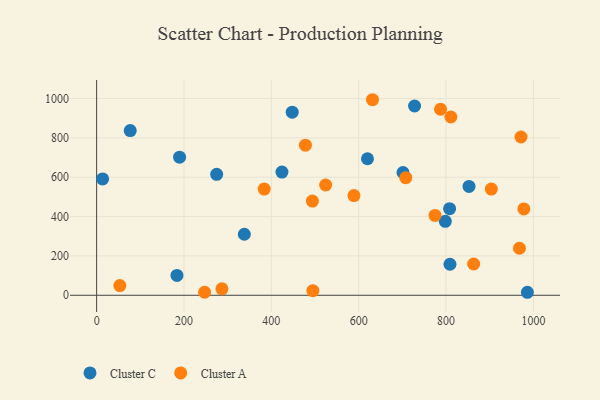
{"axis": {"x": "Ad Spend", "y": "Rating"}, "legend": ["Cluster A", "Cluster C"], "data": [{"x": "727.9", "y": 961.7, "type": "Cluster C"}, {"x": "338.1", "y": 310.1, "type": "Cluster C"}, {"x": "183.9", "y": 100.7, "type": "Cluster C"}, {"x": "447.8", "y": 930.3, "type": "Cluster C"}, {"x": "798.3", "y": 375.5, "type": "Cluster C"}, {"x": "808.1", "y": 439.8, "type": "Cluster C"}, {"x": "76.9", "y": 836.8, "type": "Cluster C"}, {"x": "701.4", "y": 623.9, "type": "Cluster C"}, {"x": "274.8", "y": 614.6, "type": "Cluster C"}, {"x": "852.6", "y": 552.9, "type": "Cluster C"}, {"x": "809.0", "y": 157.5, "type": "Cluster C"}, {"x": "986.2", "y": 15.2, "type": "Cluster C"}, {"x": "424.3", "y": 626.1, "type": "Cluster C"}, {"x": "620.1", "y": 693.7, "type": "Cluster C"}, {"x": "189.9", "y": 701.5, "type": "Cluster C"}, {"x": "13.7", "y": 591.3, "type": "Cluster C"}, {"x": "524.3", "y": 560.3, "type": "Cluster A"}, {"x": "495.1", "y": 23.3, "type": "Cluster A"}, {"x": "811.0", "y": 906.0, "type": "Cluster A"}, {"x": "968.0", "y": 238.9, "type": "Cluster A"}, {"x": "707.8", "y": 597.6, "type": "Cluster A"}, {"x": "903.7", "y": 539.7, "type": "Cluster A"}, {"x": "494.0", "y": 478.6, "type": "Cluster A"}, {"x": "971.6", "y": 804.3, "type": "Cluster A"}, {"x": "631.6", "y": 993.7, "type": "Cluster A"}, {"x": "53.1", "y": 49.3, "type": "Cluster A"}, {"x": "286.9", "y": 32.6, "type": "Cluster A"}, {"x": "787.4", "y": 945.3, "type": "Cluster A"}, {"x": "589.1", "y": 506.7, "type": "Cluster A"}, {"x": "247.2", "y": 15.3, "type": "Cluster A"}, {"x": "863.2", "y": 158.8, "type": "Cluster A"}, {"x": "478.0", "y": 762.6, "type": "Cluster A"}, {"x": "383.7", "y": 539.6, "type": "Cluster A"}, {"x": "978.2", "y": 438.6, "type": "Cluster A"}, {"x": "774.7", "y": 405.8, "type": "Cluster A"}]}